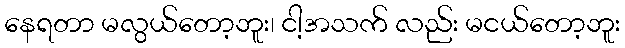
နေရတာ မလွယ်တော့ဘူး၊ ငါ့အသက် လည်း မငယ်တော့ဘူး